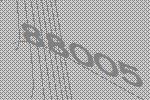
88005